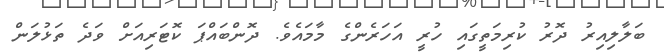
ބަލާލިއިރު ދޮރު ކުރިމަތީގައި ހުރީ އަހަރެންގެ މާމައެވެ. ދޮންބައްޕަ ކޮޓަރިއަށް ވަދެ ތަޅުލަން